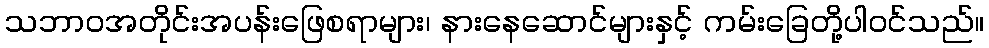
သဘာဝအတိုင်းအပန်းဖြေစရာများ၊ နားနေဆောင်များနှင့် ကမ်းခြေတို့ပါဝင်သည်။